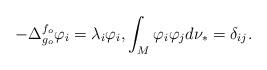
LaTeX: \begin{align*}-\Delta_{g_o}^{f_o}\varphi_i=\lambda_i\varphi_i,\int_M \varphi_i\varphi_j d\nu_*=\delta_{ij}.\end{align*}